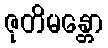
ဇုတိမန္တော